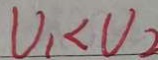
V _ { 1 } < V _ { 2 }